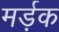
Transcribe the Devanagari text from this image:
मर्ड़क